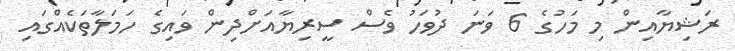
ރަޝިޔާއިން މި މަހުގެ 6 ވަނަ ދުވަހު ވެސް ސީރިޔާއަށްދިން ވައިގެ ހަމަލާތަކެއްގައި